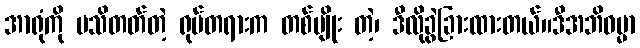
အာရုံကို မသိတတ်တဲ့ ရုပ်တရားက တစ်မျိုး တဲ့၊ ဒီလိုခွဲခြားထားတယ်။ဒီအဘိဓမ္မာ